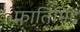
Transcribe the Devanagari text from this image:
फ़ातिमिद